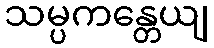
သမ္ပကန္တေယျ